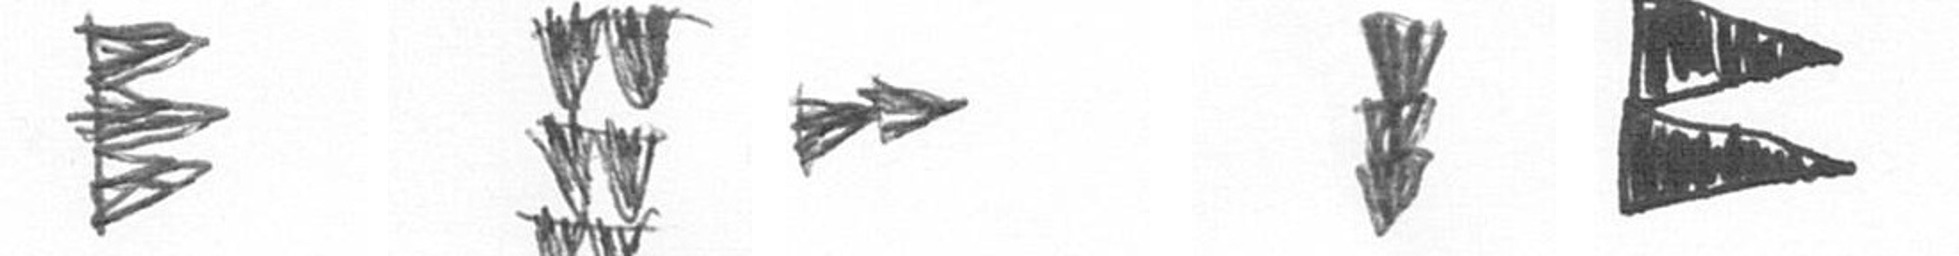
H Y A E P